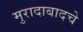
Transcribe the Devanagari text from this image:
मुरादाबादचे